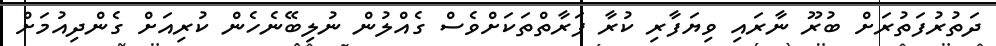
ދަތުރުފަތުރަށް ބުރޫ ނާރައި ވިޔަފާރި ކުރާ ފަރާތްތަކަށްވެސް ގެއްލުން ނުލިބޭނެހެން ކުރިއަށް ގެންދިއުމަށް